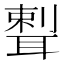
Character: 𦖨